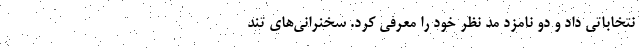
نتخاباتی داد و دو نامزد مد نظر خود را معرفی کرد. سخنرانی‌های تند